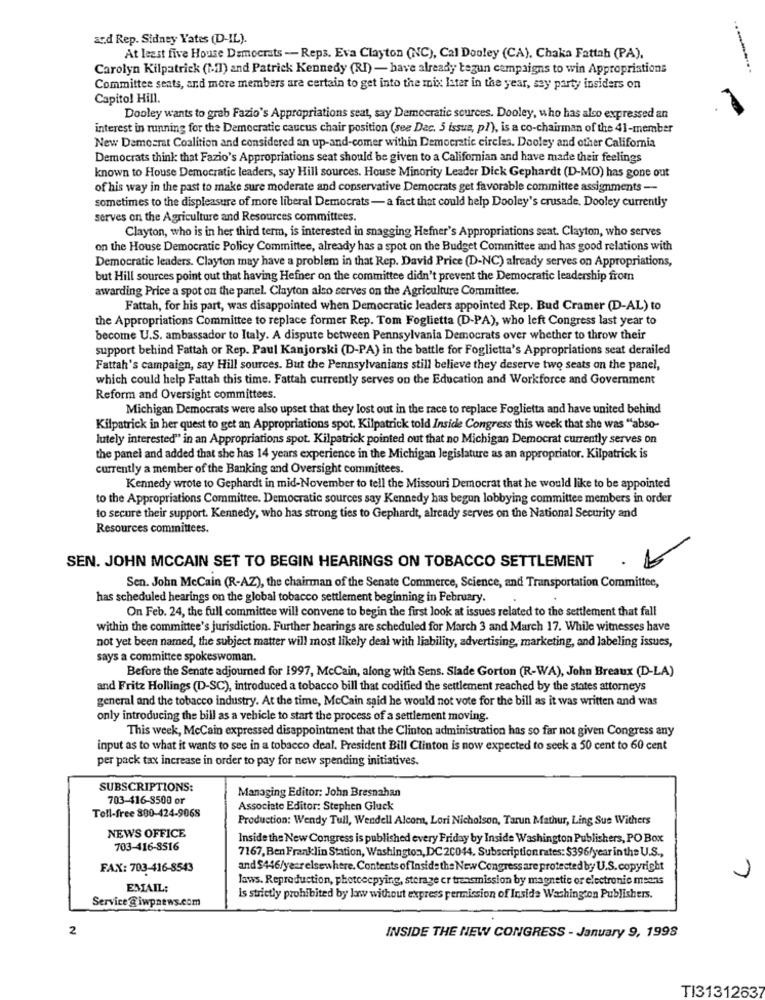
ad Rep. Sidney Yates (D-IL).
At least five House Democrats - Reps. Eva Clayton (NC), Cal Dooley (CA), Chaka Fattah (PA),
Carolyn Kilpatrick (1-1) and Patrick Kennedy (RI) - have already begun campaigns to win Appropriations
Committee seats, and more members are certain to get into the mix Ister in the year, say party insiders on
Capitol Hill.
Dooley wants to grab Fazio's Appropriations seat, say Democratic sources. Dooley, who has also expressed an
interest in running for the Democratic caucus chair position (see Dac. 5 issue, pl), is a co-chairman of the 41-member
New Democrat Coalition and considered an up-and-comer within Democratic circles. Dooley and other California
Democrats think that Fazio's Appropriations seat should be given to a Californian and have made their feelings
known to House Democratic leaders, say Hill sources. House Minority Leader Dick Gephardt (D-MO) has gone out
of his way in the past to make sure moderate and conservative Democrats get favorable committee assignments -
sometimes to the displeasure of more liberal Democrats - a fact that could help Dooley's crusade. Dooley currently
serves on the Agriculture and Resources committees.
Clayton, who is in her third term, is interested in snagging Hefner's Appropriations seat. Clayton, who serves
on the House Democratic Policy Committee, already has a spot on the Budget Committee and has good relations with
Democratic leaders. Clayton may have a problem in that Rep. David Price (D-NC) already serves on Appropriations,
but Hill sources point out that having Hefner on the committee didn't prevent the Democratic leadership from
awarding Price a spot on the panel. Clayton also serves on the Agriculture Committee.
Fattah, for his part, was disappointed when Democratic leaders appointed Rep. Bud Cramer (D-AL) to
the Appropriations Committee to replace former Rep. Tom Foglietta (D-PA), who left Congress last year to
become U.S. ambassador to Italy. A dispute between Pennsylvania Democrats over whether to throw their
support behind Fattah or Rep. Paul Kanjorski (D-PA) in the battle for Foglietta's Appropriations seat derailed
Fattah's campaign, say Hill sources. But the Pennsylvanians still believe they deserve two seats on the panel,
which could help Fattah this time. Fattah currently serves on the Education and Workforce and Government
Reform and Oversight committees.
Michigan Democrats were also upset that they lost out in the race to replace Foglietta and have united behind
Kilpatrick in her quest to get an Appropriations spot. Kilpatrick told Inside Congress this week that she was "abso-
lutely interested" in an Appropriations spot. Kilpatrick pointed out that no Michigan Democrat currently serves on
the panel and added that she has 14 years experience in the Michigan legislature as an appropriator. Kilpatrick is
currently a member of the Banking and Oversight committees.
Kennedy wrote to Gephardt in mid-November to tell the Missouri Democrat that he would like to be appointed
to the Appropriations Committee. Democratic sources say Kennedy has begun lobbying committee members in order
to secure their support. Kennedy, who has strong ties to Gephardt, already serves on the National Security and
Resources committees.
SEN. JOHN MCCAIN SET TO BEGIN HEARINGS ON TOBACCO SETTLEMENT
Sen. John McCain (R-AZ), the chairman of the Senate Commerce, Science, and Transportation Committee,
has scheduled hearings on the global tobacco settlement beginning in February.
On Feb. 24, the full committee will convene to begin the first look at issues related to the settlement that fall
within the committee's jurisdiction. Further hearings are scheduled for March 3 and March 17. While witnesses have
not yet been named, the subject matter will most likely deal with liability, advertising, marketing, and labeling issues,
says a committee spokeswoman.
Before the Senate adjourned for 1997, McCain, along with Sens. Slade Gorton (R-WA), John Breaux (D-LA)
and Fritz Hollings (D-SC), introduced a tobacco bill that codified the settlement reached by the states attorneys
general and the tobacco industry. At the time, McCain said he would not vote for the bill as it was written and was
only introducing the bill as a vehicle to start the process of a settlement moving.
This week, McCain expressed disappointment that the Clinton administration has so far not given Congress any
input as to what it wants to see in a tobacco deal. President Bill Clinton is now expected to seek a 50 cent to 60 cent
per pack tax increase in order to pay for new spending initiatives.
SUBSCRIPTIONS:
Managing Editor: John Bresnahan
703-416-3500 or
Toll-free 800-424-9068
Associate Editor: Stephen Gluck
Production: Wendy Tull, Wendell Alcom, Lori Nicholson, Tarun Mathur, Ling Sue Withers
NEWS OFFICE
Inside the New Congress is published every Friday by Inside Washington Publishers, PO Box
703-416-8516
7167, Ben Franklin Station, Washington, DC 2C044. Subscription rates: $396/year in the U.S .,
FAX: 703-416-8543
and $446/yearelsewhere. Contents of Inside the New Congress are protected by U.S. copyright
Jaws. Reproduction, photocopying, storage cr transmission by magnetic or electronic means
1
EMAIL:
Is strictly prohibited by law without express permission of Inside Washington Publishers.
Service @iwpnews.com
2
INSIDE THE NEW CONGRESS - January 9, 1998
TI31312637